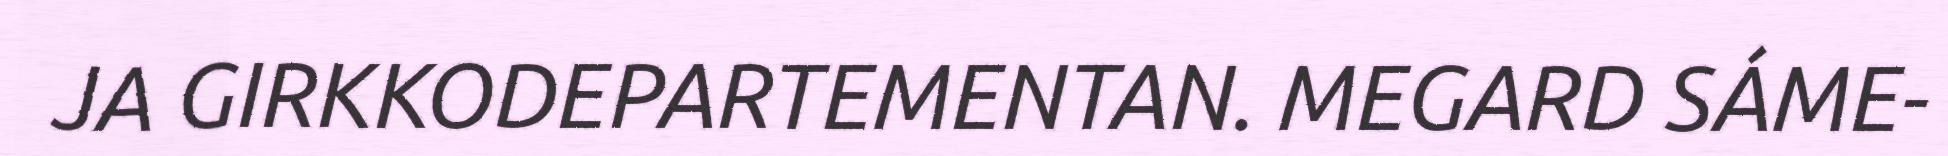
JA GIRKKODEPARTEMENTAN. MEGARD SÁME-